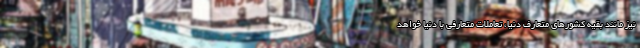
نیز مانند بقیه کشورهای متعارف دنیا، تعاملات متعارفی با دنیا خواهد